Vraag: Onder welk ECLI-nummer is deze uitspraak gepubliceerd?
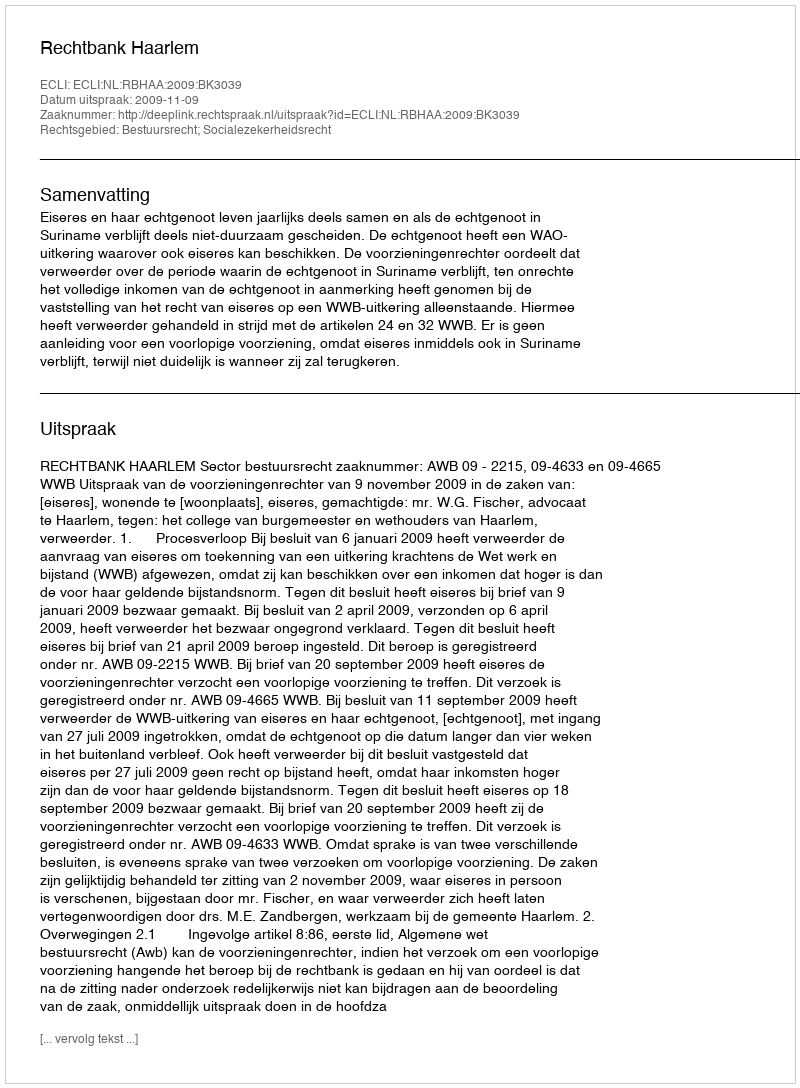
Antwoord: ECLI:NL:RBHAA:2009:BK3039